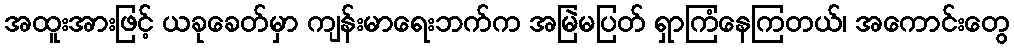
အထူးအားဖြင့် ယခုခေတ်မှာ ကျန်းမာရေးဘက်က အမြဲမပြတ် ရှာကြံနေကြတယ်၊ အကောင်းတွေ